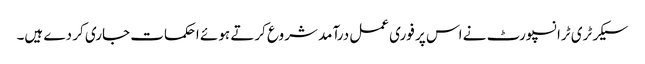
سیکرٹری ٹرانسپورٹ نے اس پر فوری عمل درآمد شروع کرتے ہوئے احکمات جاری کر دے ہیں۔